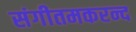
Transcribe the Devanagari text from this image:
संगीतमकरन्द